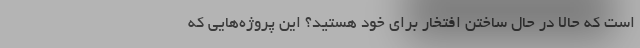
است که حالا در حال ساختن افتخار برای خود هستید؟ این پروژه‌هایی که